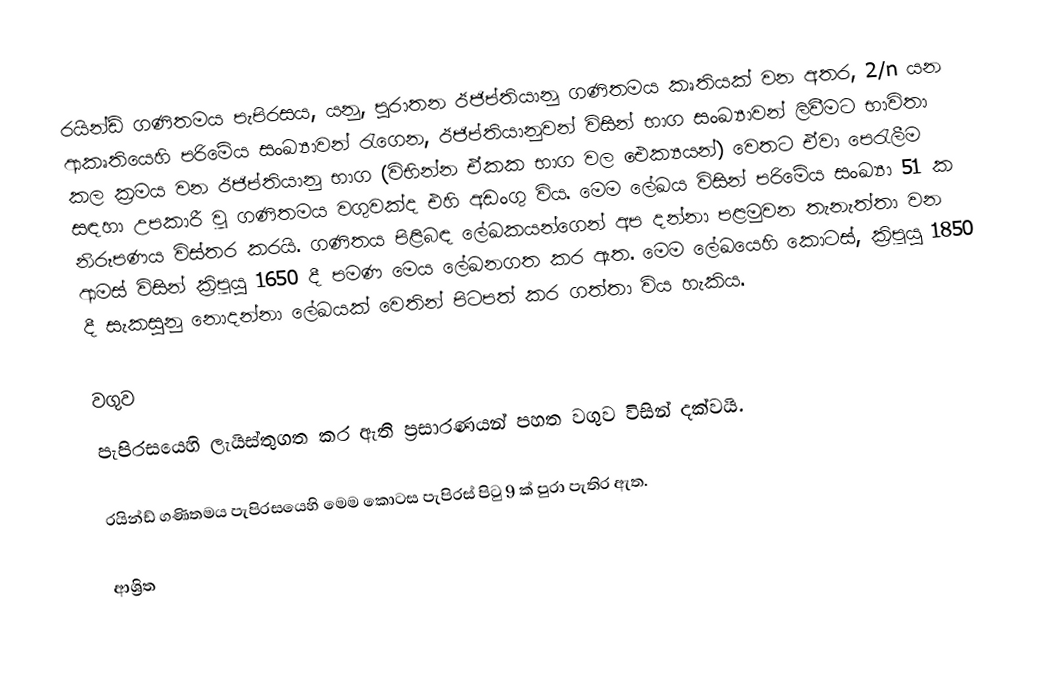
රයින්ඩ් ගණිතමය පැපිරසය, යනු,  පුරාතන ඊජිප්තියානු ගණිතමය කෘතියක් වන අතර, 2/n යන ආකෘතියෙහි පරිමේය සංඛ්‍යාවන් රැගෙන,  ඊජිප්තියානුවන් විසින් භාග සංඛ්‍යාවන් ලිවීමට භාවිතා කල ක්‍රමය වන ඊජිප්තියානු භාග (විභින්න ඒකක භාග වල ඓක්‍යයන්) වෙතට ඒවා පෙරැලීම සඳහා උපකාරී වූ ගණිතමය වගුවක්ද  එහි අඩංගු විය. මෙම ලේඛය විසින් පරිමේය සංඛ්‍යා 51 ක නිරූපණය විස්තර කරයි. ගණිතය පිළිබඳ ලේඛකයන්ගෙන් අප දන්නා පළමුවන තැනැත්තා වන  ආමස් විසින් ක්‍රිපූයු 1650 දී පමණ මෙය ලේඛනගත කර ඇත. මෙම ලේඛයෙහි කොටස්, ක්‍රිපූයු 1850 දී සැකසුනු නොදන්නා ලේඛයක් වෙතින් පිටපත් කර ගත්තා විය හැකිය.

වගුව
පැපිරසයෙහි ලැයිස්තුගත කර ඇති ප්‍රසාරණයන් පහත වගුව විසින් දක්වයි.

රයින්ඩ් ගණිතමය පැපිරසයෙහි මෙම කොටස පැපිරස් පිටු 9 ක් පුරා පැතිර ඇත.

ආශ්‍රිත